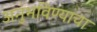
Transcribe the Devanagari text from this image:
अनुभविण्याचा